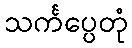
သင်္ကပ္ပေတုံ